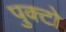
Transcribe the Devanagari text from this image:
पुक्टो